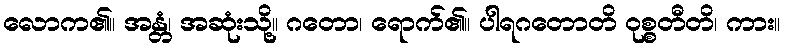
လောက၏။ အန္တံ၊ အဆုံးသို့။ ဂတော၊ ရောက်၏။ ပါရဂတောတိ ဝုစ္စတီတိ၊ ကား။